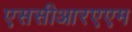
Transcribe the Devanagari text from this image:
एससीआरएएम